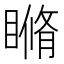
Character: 𥉈